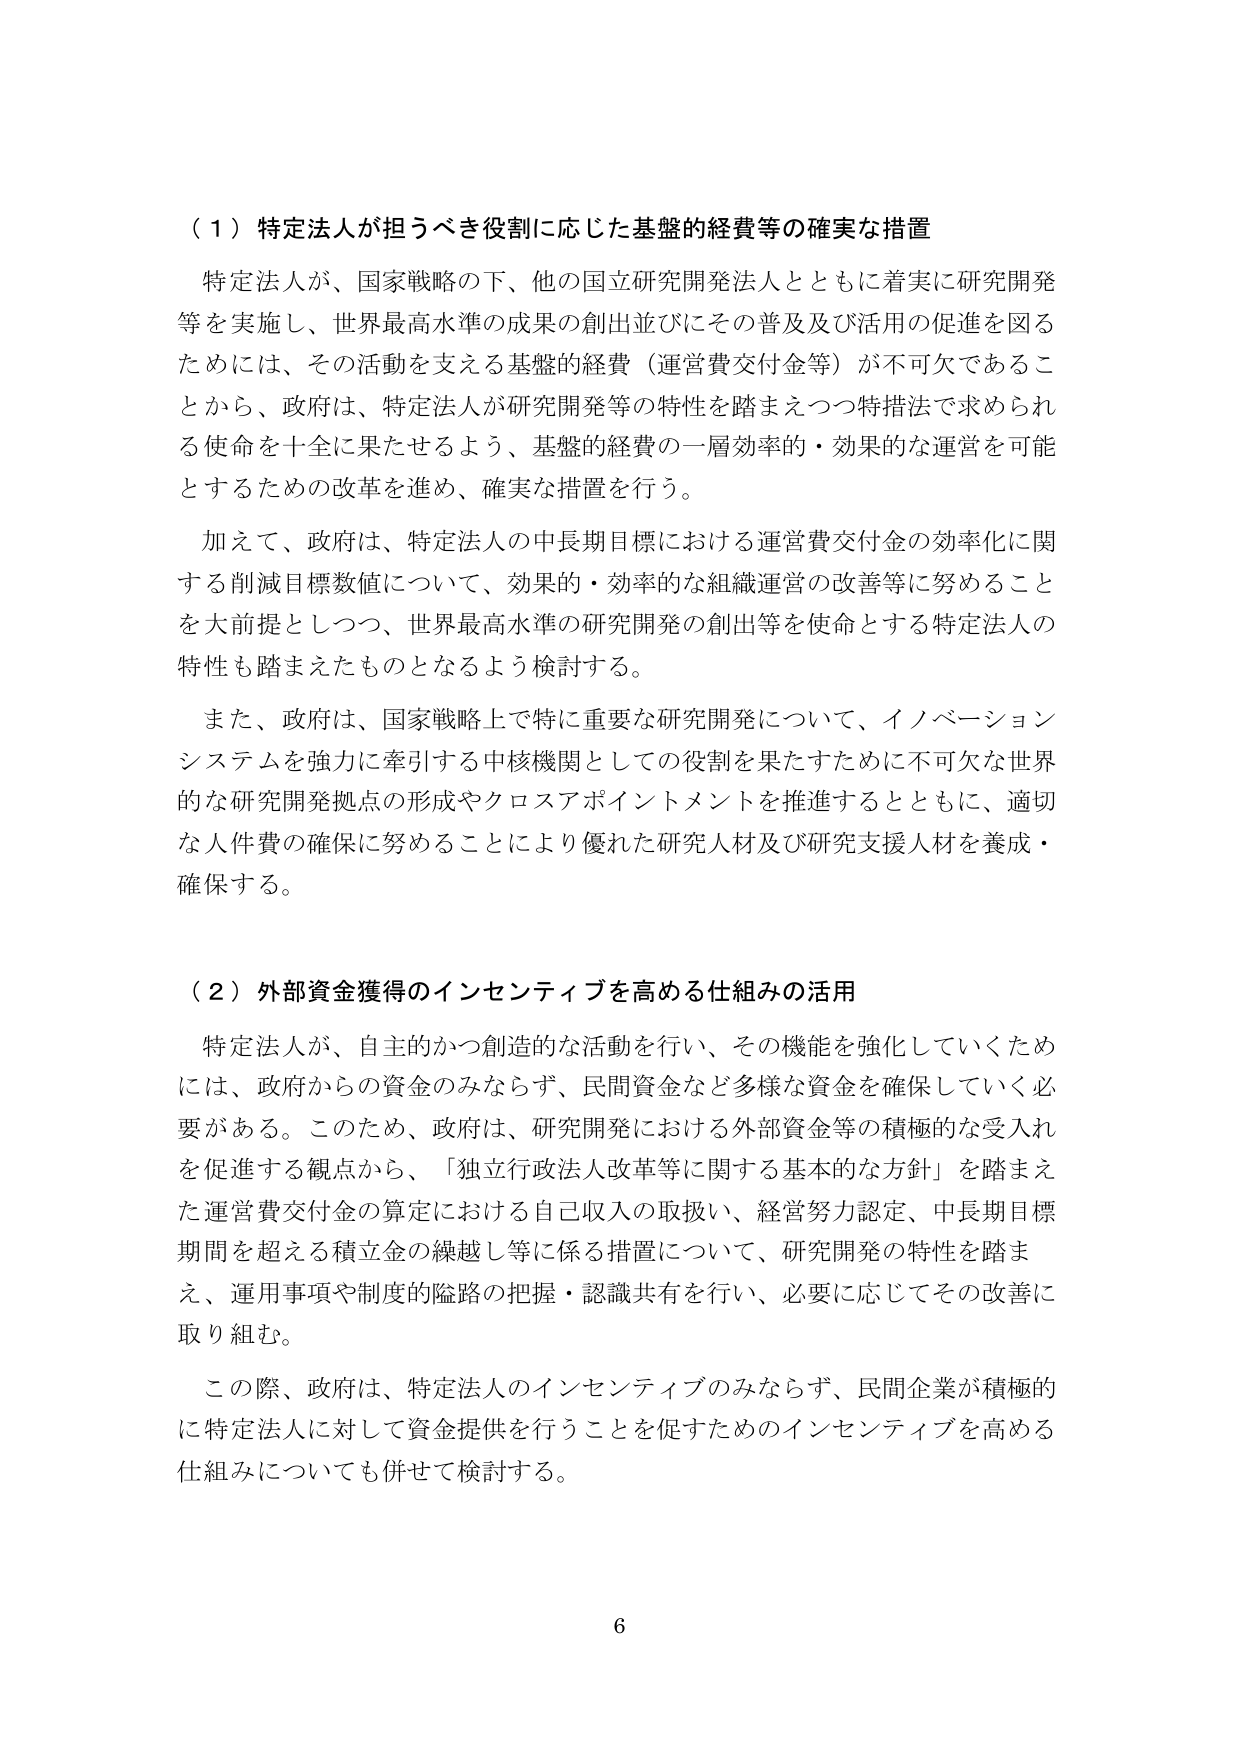
（１）特定法人が担うべき役割に応じた基盤的経費等の確実な措置

特定法人が、国家戦略の下、他の国立研究開発法人とともに着実に研究開発等を実施し、世界最高水準の成果の創出並びにその普及及び活用の促進を図るためには、その活動を支える基盤的経費（運営費交付金等）が不可欠であることから、政府は、特定法人が研究開発等の特性を踏まえつつ特措法で求められる使命を十全に果たせるよう、基盤的経費の一層効率的・効果的な運営を可能とするための改革を進め、確実な措置を行う。

加えて、政府は、特定法人の中長期目標における運営費交付金の効率化に関する削減目標数値について、効果的・効率的な組織運営の改善等に努めることを大前提としつつ、世界最高水準の研究開発の創出等を使命とする特定法人の特性も踏まえたものとなるよう検討する。

また、政府は、国家戦略上で特に重要な研究開発について、イノベーションシステムを強力に牽引する中核機関としての役割を果たすために不可欠な世界的な研究開発拠点の形成やクロスアポイントメントを推進するとともに、適切な人件費の確保に努めることにより優れた研究人材及び研究支援人材を養成・確保する。

（２）外部資金獲得のインセンティブを高める仕組みの活用

特定法人が、自主的かつ創造的な活動を行い、その機能を強化していくためには、政府からの資金のみならず、民間資金など多様な資金を確保していく必要がある。このため、政府は、研究開発における外部資金等の積極的な受入れを促進する観点から、「独立行政法人改革等に関する基本的な方針」を踏まえた運営費交付金の算定における自己収入の取扱い、経営努力認定、中長期目標期間を超える積立金の繰越し等に係る措置について、研究開発の特性を踏まえ、運用事項や制度的隘路の把握・認識共有を行い、必要に応じてその改善に取り組む。

この際、政府は、特定法人のインセンティブのみならず、民間企業が積極的に特定法人に対して資金提供を行うことを促すためのインセンティブを高める仕組みについても併せて検討する。

6